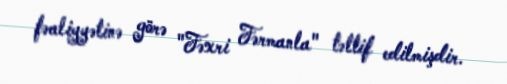
fəaliyyətinə görə "Fəxri Fərmanla" təltif edilmişdir.